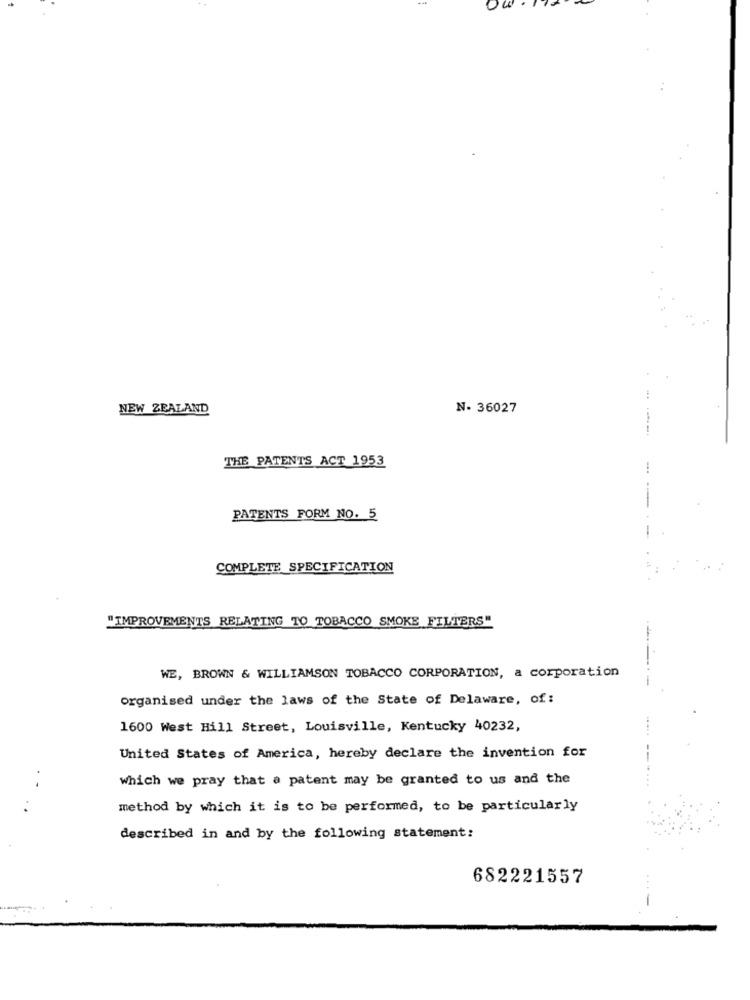
NEW ZEALAND
N. 36027
THE PATENTS ACT 1953
PATENTS FORM NO. 5
COMPLETE SPECIFICATION
"IMPROVEMENTS RELATING TO TOBACCO SMOKE FILTERS"
WE, BROWN & WILLIAMSON TOBACCO CORPORATION, a corporation
organised under the laws of the State of Delaware, of :
1600 West Hill Street, Louisville, Kentucky 40232,
United States of America, hereby declare the invention for
--- --
which we pray that a patent may be granted to us and the
method by which it is to be performed, to be particularly
described in and by the following statement:
682221557
---